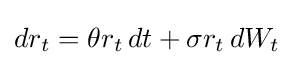
dr_{t}=\theta r_{t}\,dt+\sigma r_{t}\,dW_{t}